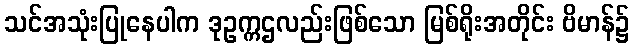
သင်အသုံးပြုနေပါက ဒုဥက္ကဌလည်းဖြစ်သော မြစ်ရိုးအတိုင်း ဗိမာန်၌